Report on the working of the mental hospitals for Indians in Bihar and Orissa - 1925-1929
Year: 1925
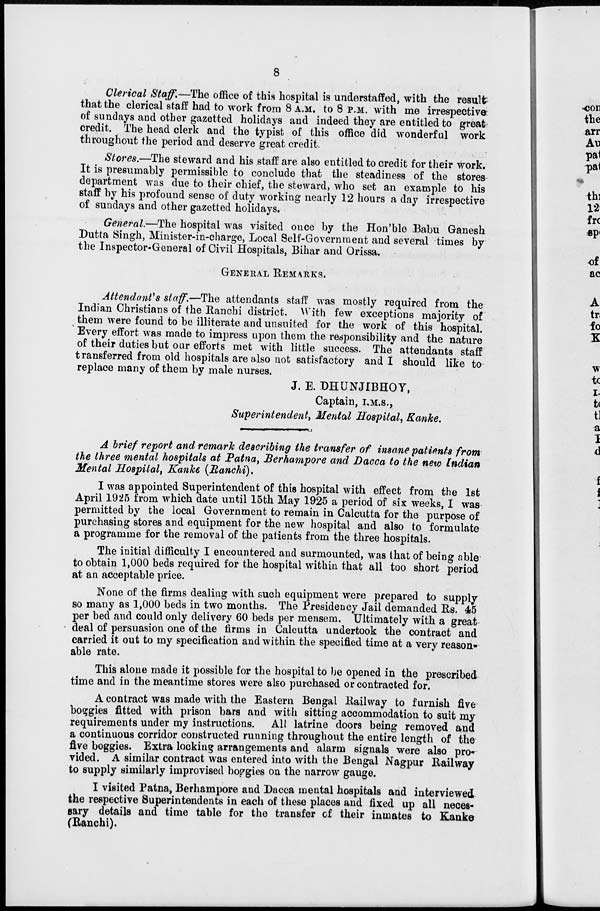
8
Clerical Staff.—The office of this hospital is understaffed, with the result-
that the clerical staff had to work from 8 A.M. to 8 P.M. with me irrespective
of Sundays and other gazetted holidays and indeed they are entitled to great
credit. The head clerk and the typist of this office did wonderful work
throughout the period and deserve great credit.
Stores.—The steward and his staff are also entitled to credit for their work.
It is presumably permissible to conclude that the steadiness of the stores-
department was due to their chief, the steward, who set an example to his
staff by his profound sense of duty working nearly 12 hours a day irrespective
of Sundays and other gazetted holidays.
General.—The hospital was visited once by the Hon'ble Babu Ganesh
Dutta Singh, Minister-in-charge, Local Self-Government and several times by
the Inspector-General of Civil Hospitals, Bihar and Orissa.
GENERAL REMARKS.
Attendant's staff.—The attendants staff was mostly required from the
Indian Christians of the Ranchi district. With few exceptions majority of
them were found to be illiterate and unsuited for the work of this hospital.
Every effort was made to impress upon them the responsibility and the nature
of their duties but our efforts met with little success. The attendants staff
transferred from old hospitals are also not satisfactory and I should like to
replace many of them by male nurses.
J. E. DHUNJIBHOY,
Captain, I.M.S.,
Superintendent, Mental Hospital, Kanke.
A brief report and remark describing the transfer of insane patients from
the three mental hospitals at Patna, Berhampore and Dacca to the new Indian
Mental Hospital, Kanke (Ranchi).
I was appointed Superintendent of this hospital with effect from the 1st
April 1925 from which date until 15th May 1925 a period of six weeks, I was
permitted by the local Government to remain in Calcutta for the purpose of
purchasing stores and equipment for the new hospital and also to formulate
a programme for the removal of the patients from the three hospitals.
The initial difficulty I encountered and surmounted, was that of being able
to obtain 1,000 beds required for the hospital within that all too short period
at an acceptable price.
None of the firms dealing with such equipment were prepared to supply
so many as 1,000 beds in two months. The Presidency Jail demanded Rs. 45
per bed and could only delivery 60 beds per mensem. Ultimately with a great
deal of persuasion one of the firms in Calcutta undertook the contract and
carried it out to my specification and within the specified time at a very reason-
able rate.
This alone made it possible for the hospital to be opened in the prescribed
time and in the meantime stores were also purchased or contracted for.
A contract was made with the Eastern Bengal Railway to furnish five
boggies fitted with prison bars and with sitting accommodation to suit my
requirements under my instructions. All latrine doors being removed and
a continuous corridor constructed running throughout the entire length of the
five boggies. Extra locking arrangements and alarm signals were also pro-
vided. A similar contract was entered into with the Bengal Nagpur Rail way
to supply similarly improvised boggies on the narrow gauge.
I visited Patna, Berhampore and Dacca mental hospitals and interviewed
the respective Superintendents in each of these places and fixed up all neces-
sary details and time table for the transfer of their inmates to Kanke
(Ranchi).